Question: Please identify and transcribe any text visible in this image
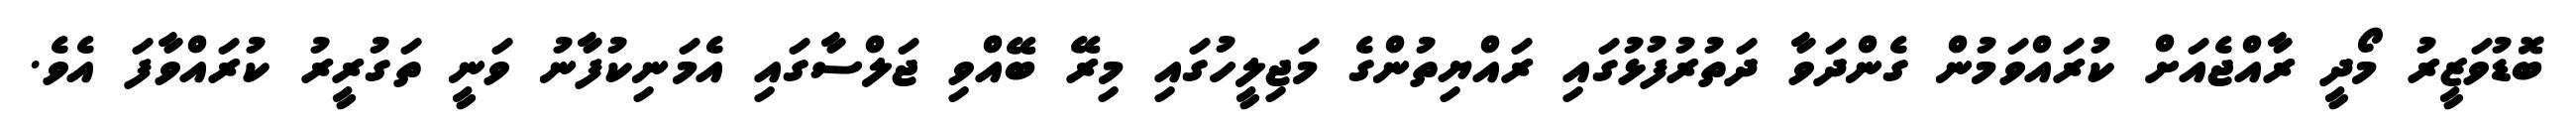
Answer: ބޮޑުވަޒީރު މޯދީ ރާއްޖެއަށް ކުރައްވަމުން ގެންދަވާ ދަތުރުފުޅުގައި ރައްޔިތުންގެ މަޖިލީހުގައި މިރޭ ބޭއްވި ޖަލްސާގައި އެމަނިކުފާނު ވަނީ ތަގުރީރު ކުރައްވާފަ އެވެ.